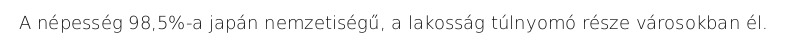
A népesség 98,5%-a japán nemzetiségű, a lakosság túlnyomó része városokban él.